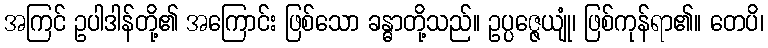
အကြင် ဥပါဒါန်တို့၏ အကြောင်း ဖြစ်သော ခန္ဓာတို့သည်။ ဥပ္ပဇ္ဇေယျုံ၊ ဖြစ်ကုန်ရာ၏။ တေပိ၊